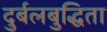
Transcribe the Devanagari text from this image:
दुर्बलबुद्धिता